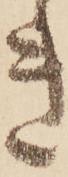
き